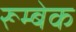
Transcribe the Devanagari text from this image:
रूम्बेक